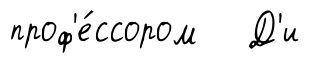
проф'е́ссором Д'и